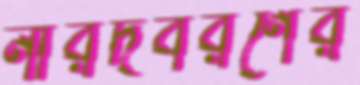
নীরদবরণের